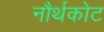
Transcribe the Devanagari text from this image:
नौर्थकोट